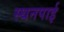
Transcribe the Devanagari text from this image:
स्थनपाई